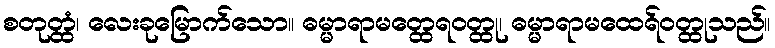
စတုတ္ထံ၊ လေးခုမြောက်သော။ ဓမ္မာရာမတ္ထေရဝတ္ထု၊ ဓမ္မာရာမထေရ်ဝတ္ထုသည်။